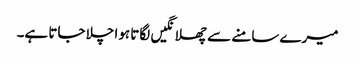
میرے سامنے سے چھلانگیں لگاتا ہوا چلا جاتا ہے۔